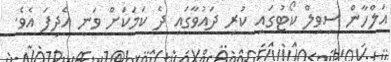
އަލްހާން ސިވިލް ކޯޓުގައި ކުރި ދައުވާގައި ދެ ކަމަކަށް ވަނީ އެދިފަ އެވެ.